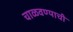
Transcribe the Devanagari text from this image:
चाळवण्याची